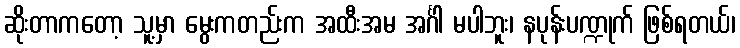
ဆိုးတာကတော့ သူ့မှာ မွေးကတည်းက အထီးအမ အင်္ဂါ မပါဘူး၊ နပုန်းပဏ္ဍုက် ဖြစ်ရတယ်၊